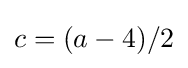
c=(a-4)/2